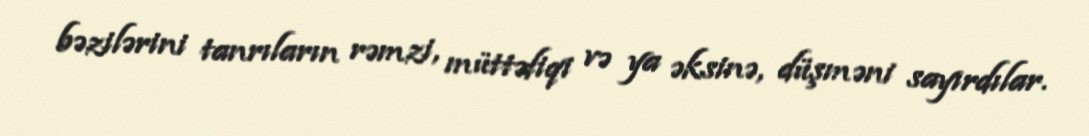
bəzilərini tanrıların rəmzi, müttəfiqi və ya əksinə, düşməni sayırdılar.